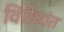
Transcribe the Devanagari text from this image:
विरोधांत